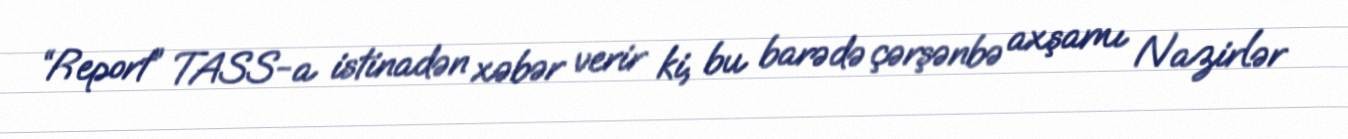
“Report” TASS-a istinadən xəbər verir ki, bu barədə çərşənbə axşamı Nazirlər